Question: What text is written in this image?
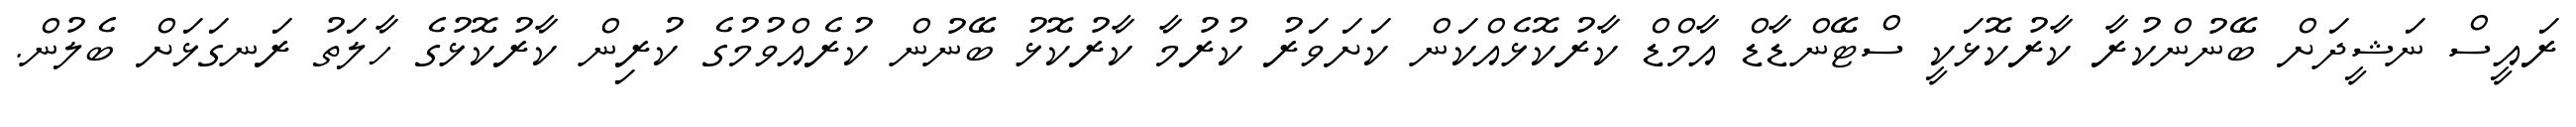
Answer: ރައީސް ނަޝީދަށް ބޭނުންކުރާ ކާރުކޮޅަކީ ސްޓޭންޑާޑް އާމްޑް ކާރުކޮޅެއްކަން ކަށަވަރު ކުރުމާ ކާރުކޮޅު ބޭނުން ކުރެއްވުމުގެ ކުރިން ކާރުކޮޅުގެ ހާލަތު ރަނގަޅަށް ބެލުން.